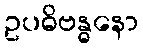
ဥပဓိဗန္ဓနော